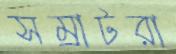
সম্রাটরা